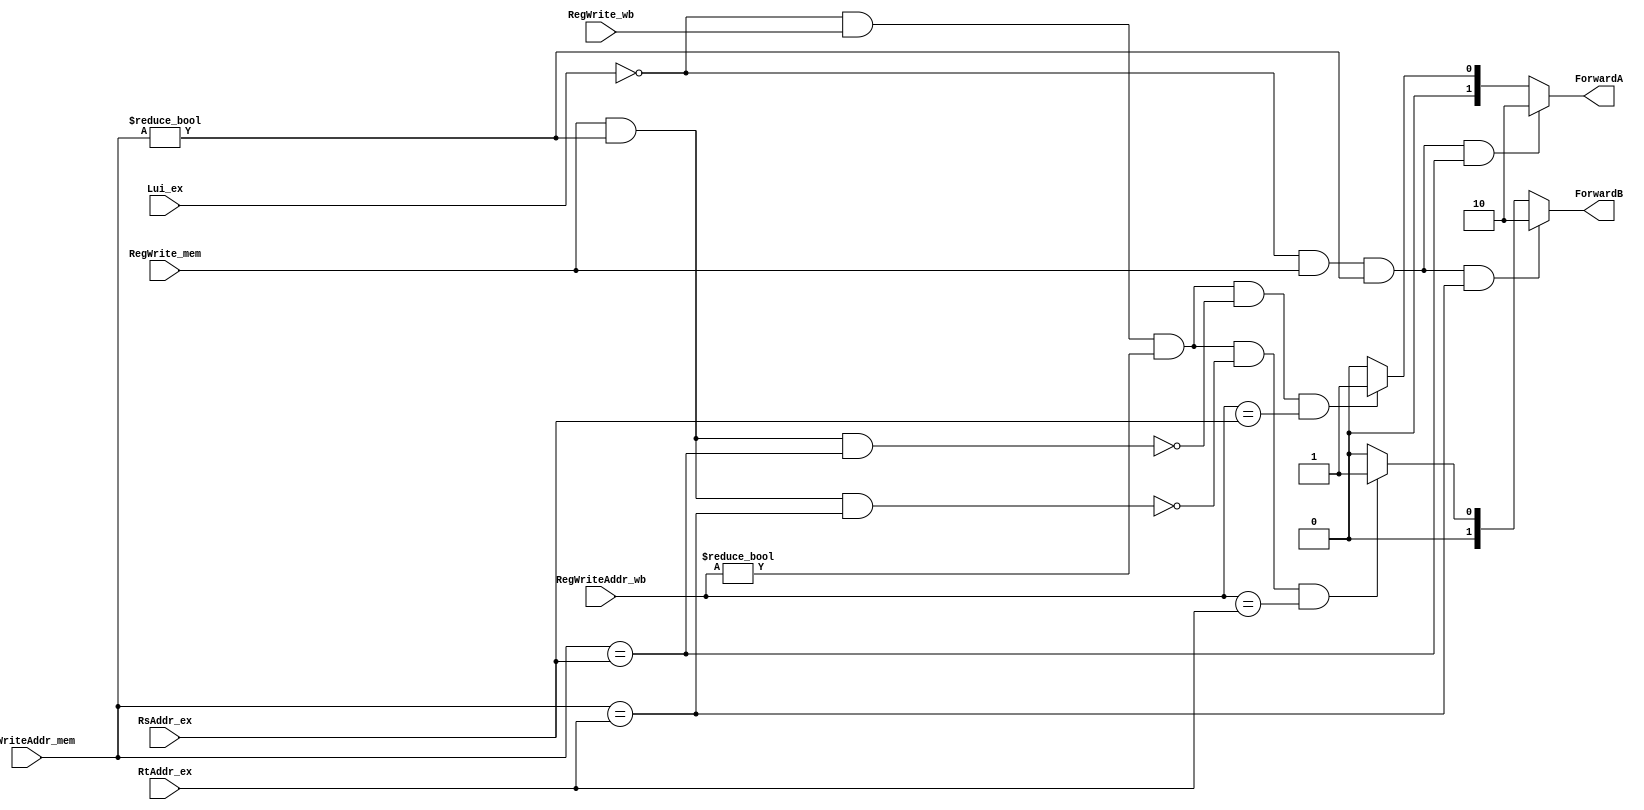
`timescale 1ns / 1ps
//////////////////////////////////////////////////////////////////////////////////
// Company: 
// Engineer: 
// 
// Design Name: 
// Module Name: Forwarding
// Project Name: 
// Target Devices: 
// Tool Versions: 
// Description: 
// 
// Dependencies: 
// 
// Revision:
// Revision 0.01 - File Created
// Additional Comments:
// 
//////////////////////////////////////////////////////////////////////////////////


module Forwarding_ex(
    RsAddr_ex,RtAddr_ex,RegWrite_wb,RegWriteAddr_wb,RegWrite_mem,RegWriteAddr_mem,ForwardA,ForwardB,Lui_ex
    );
    input [4:0] RsAddr_ex,RtAddr_ex,RegWriteAddr_wb,RegWriteAddr_mem;
    input RegWrite_wb,RegWrite_mem,Lui_ex;
    output [1:0] ForwardA,ForwardB;
    function [1:0] A;
        input [4:0] RsAddr_ex,RtAddr_ex,RegWriteAddr_wb,RegWriteAddr_mem;
        input RegWrite_wb,RegWrite_mem;
        if(!Lui_ex&&RegWrite_mem&&(RegWriteAddr_mem!=0)&&(RegWriteAddr_mem==RsAddr_ex))
        begin
            A=2'b10;
        end
        else if(!Lui_ex&&RegWrite_wb&&(RegWriteAddr_wb!=0)
        && (!(RegWrite_mem&&(RegWriteAddr_mem!=0)&&(RegWriteAddr_mem==RsAddr_ex)))
        &&(RegWriteAddr_wb==RsAddr_ex))
        begin
            A=2'b01;
        end
        else
        begin
            A=2'b00;
        end
    endfunction
        function [1:0] B;
        input [4:0] RsAddr_ex,RtAddr_ex,RegWriteAddr_wb,RegWriteAddr_mem;
        input RegWrite_wb,RegWrite_mem;
        if(!Lui_ex&&RegWrite_mem&&(RegWriteAddr_mem!=0)&&(RegWriteAddr_mem==RtAddr_ex))
        begin
            B=2'b10;
        end
        else if(!Lui_ex&&RegWrite_wb&&(RegWriteAddr_wb!=0)
        && (!(RegWrite_mem&&(RegWriteAddr_mem!=0)&&(RegWriteAddr_mem==RtAddr_ex)))
        &&(RegWriteAddr_wb==RtAddr_ex))
        begin
            B=2'b01;
        end
        else
        begin
            B=2'b00;
        end
    endfunction
    assign ForwardA=A(RsAddr_ex,RtAddr_ex,RegWriteAddr_wb,RegWriteAddr_mem,RegWrite_wb,RegWrite_mem);
    assign ForwardB=B(RsAddr_ex,RtAddr_ex,RegWriteAddr_wb,RegWriteAddr_mem,RegWrite_wb,RegWrite_mem);
endmodule